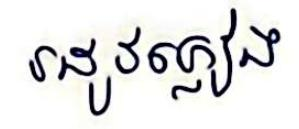
រដូវភ្លៀង